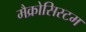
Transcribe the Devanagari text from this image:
मैक्रोसिस्टम